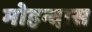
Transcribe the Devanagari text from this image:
मोहन्दास